Indian journal of veterinary science and animal husbandry - Volume 12,
Year: 1942
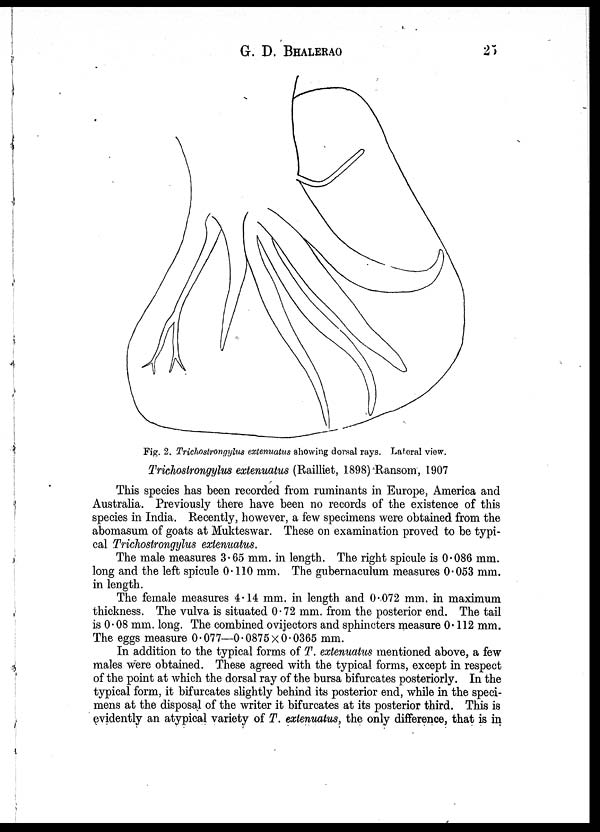
G. D.
BHALERAO
25
Fig. 2. Trichostrongylus extenuatus showing dorsal rays. Lateral view.
Trichostrongylus extenuatus (Railliet, 1898) Ransom, 1907
This species has been recorded from ruminants in Europe, America and
Australia. Previously there have been no records of the existence of this
species in India. Recently, however, a few specimens were obtained from the
abomasum of goats at Mukteswar. These on examination proved to be typi-
cal Trichostrongylus extenuatus.
The male measures 3.65 mm. in length. The right spicule is 0.086 mm.
long and the left spicule 0.110 mm. The gubernaculum measures 0.053 mm.
in length.
The female measures 4.14 mm. in length and 0.072 mm. in maximum
thickness. The vulva is situated 0.72 mm. from the posterior end. The tail
is 0.08 mm. long. The combined ovijectors and sphincters measure 0.112 mm.
The eggs measure 0.077—0.0875 × 0.0365 mm.
In addition to the typical forms of T. extenuatus mentioned above, a few
males were obtained. These agreed with the typical forms, except in respect
of the point at which the dorsal ray of the bursa bifurcates posteriorly. In the
typical form, it bifurcates slightly behind its posterior end, while in the speci-
mens at the disposal of the writer it bifurcates at its posterior third. This is
evidently an atypical variety of T. extenuatus, the only difference, that is in